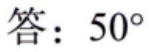
答：$50^{\circ}$